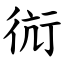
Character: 䘕